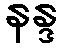
နန္ဒ